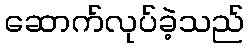
ဆောက်လုပ်ခဲ့သည်